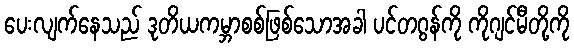
ပေးလျက်နေသည် ဒုတိယကမ္ဘာစစ်ဖြစ်သောအခါ ပင်တဂွန်ကို ကိုဂျင်မီတို့ကို